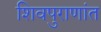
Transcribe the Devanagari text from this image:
शिवपुराणांत